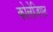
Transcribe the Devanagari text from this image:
कोलेजिएट